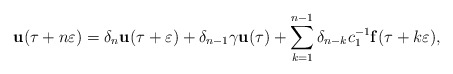
\begin{align*}\mathbf{u}(\tau+n\varepsilon)=\delta_{n}\mathbf{u}(\tau+\varepsilon)+\delta_{n-1}\gamma\mathbf{u}(\tau)+\sum_{k=1}^{n-1}\delta_{n-k}c_1^{-1}\mathbf{f}(\tau+k\varepsilon),\end{align*}